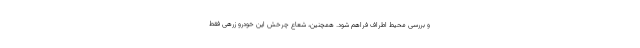
و بررسی محیط اطراف فراهم شود. همچنین، شعاع چرخش این خودرو زرهی فقط